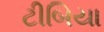
ટીબિયા